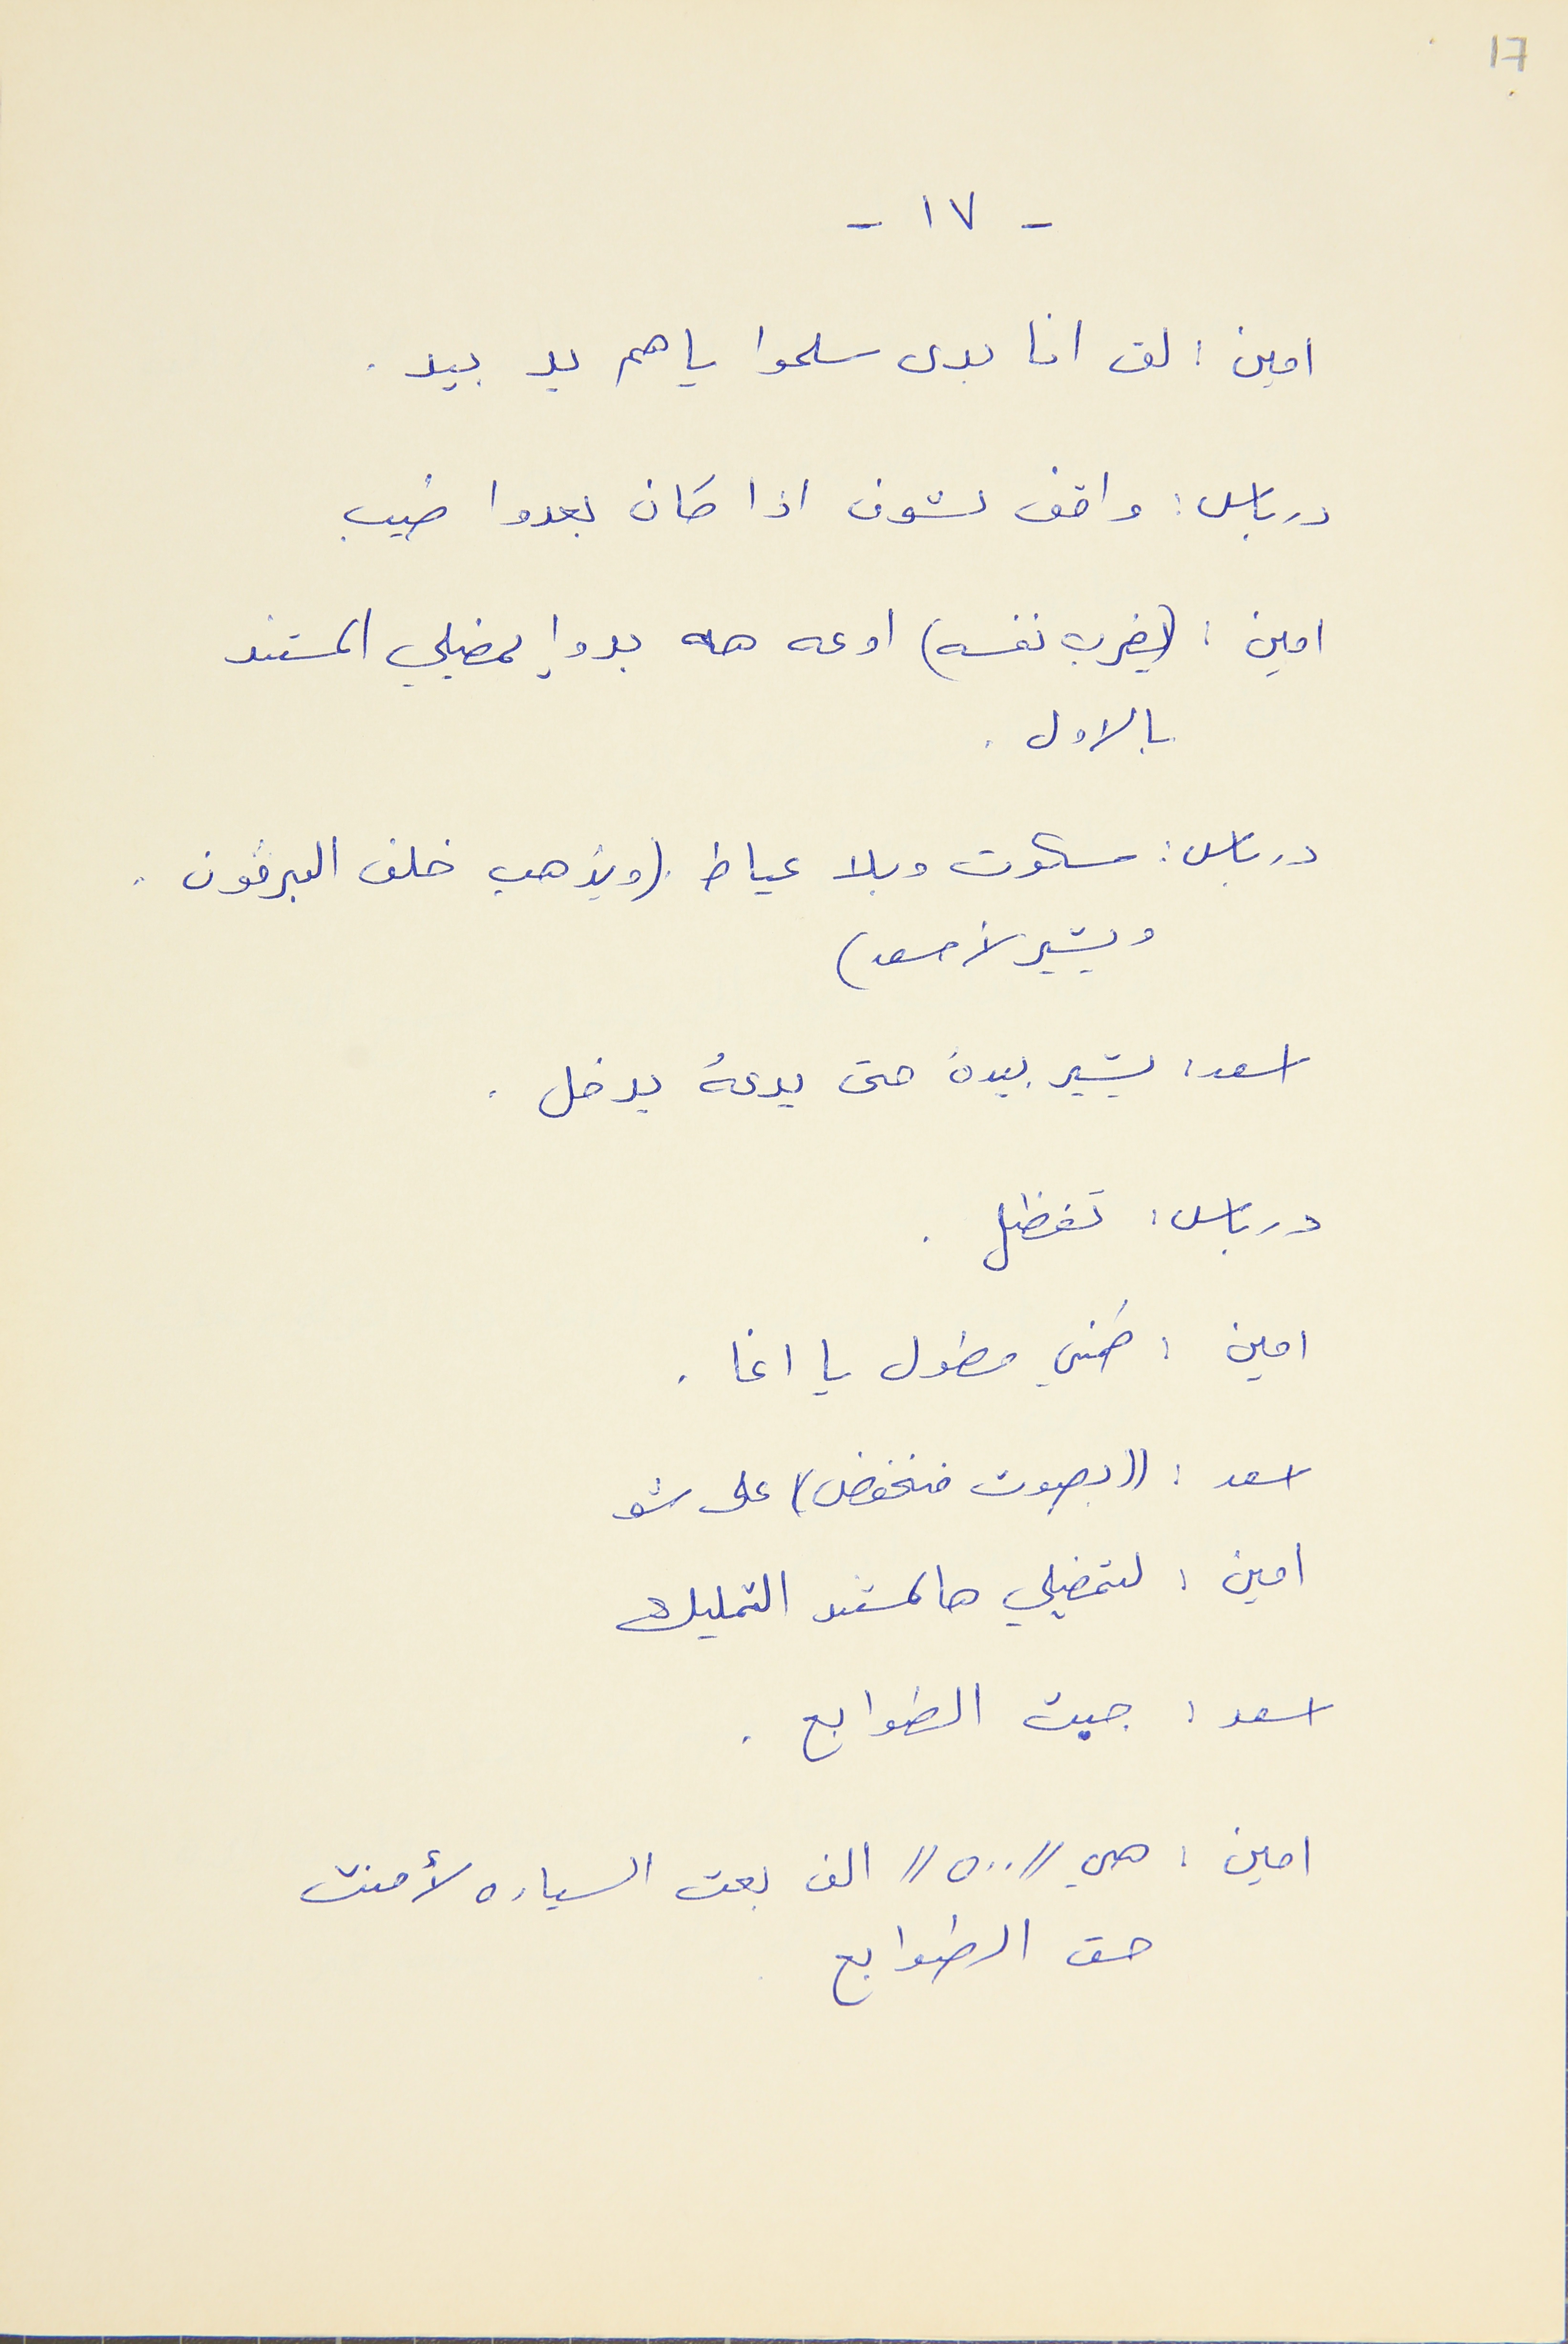
17
- ١٧ -
امين : لق انا بدى سلموا ياهم يد بيد .
درباس : واقف لشوف اذا كان بعدوا طيب
امين : (يضرب نفسه) اوعه هه بدوا يمضيلي المستند
بالاول .
درباس : سكوت وبلا عياط . (ويذهب خلف البرﭬون .
ويشير لأسعد )
اسعد : يشير بيدهُ حتى يدعهُ يدخل .
درباس : تفظل .
امين : طمني مطول يا اغا .
اسعد : (( بصوت منخفض)) على شو
امين : لتمضيلي هالمستند التمليك
اسعد : جبت الطوابع .
امين : هي "٥٠٠" الف بعت السياره لأمنت
حق الطوابع